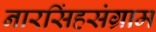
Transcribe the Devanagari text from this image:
नारसिंहसंग्राम